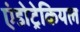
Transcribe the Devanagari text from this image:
एंडोट्रेकियल